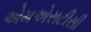
એમએસટીસી